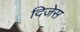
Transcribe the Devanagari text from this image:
दिजेस